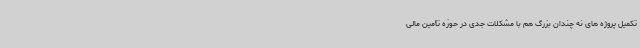
تکمیل پروژه های نه چندان بزرگ هم با مشکلات جدی در حوزه تأمین مالی